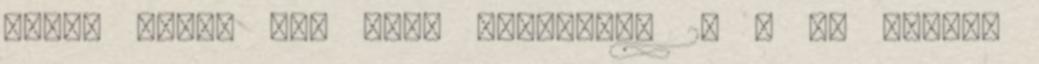
Don't Trust the B-in Apartment 23 , az elmúlt